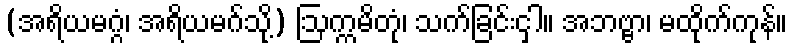
(အရိယမဂ္ဂံ၊ အရိယမဂ်သို့) ဩက္ကမိတုံ၊ သက်ခြင်းငှါ။ အဘဗ္ဗာ၊ မထိုက်ကုန်။